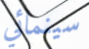
سينمائي